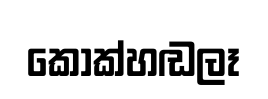
කොක්හඬලෑ